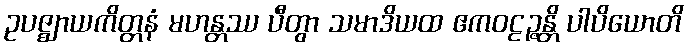
ဥပဇ္ဈာယကိတ္တနံ မဟန္တဿ ပီတွာ သမာဒိယထ ဧကဝဠဉ္ဇန္တိ ပါပိယောတိ